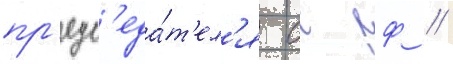
пр'едс'еда́т'ел'я сс рф /